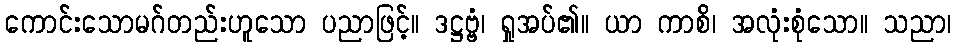
ကောင်းသောမဂ်တည်းဟူသော ပညာဖြင့်။ ဒဋ္ဌဗ္ဗံ၊ ရှုအပ်၏။ ယာ ကာစိ၊ အလုံးစုံသော။ သညာ၊